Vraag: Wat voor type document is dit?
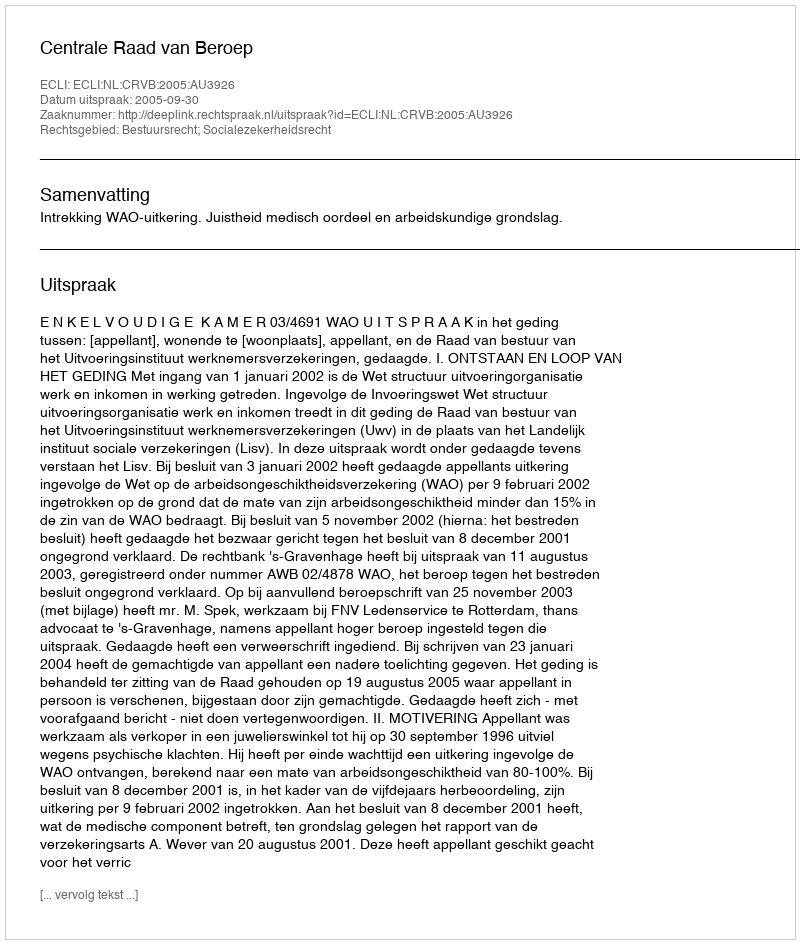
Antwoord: Uitspraak